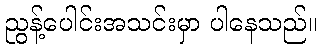
ညွန့်ပေါင်းအသင်းမှာ ပါနေသည်။